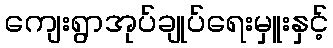
ကျေးရွာအုပ်ချုပ်ရေးမှူးနှင့်